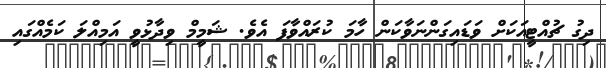
ދިގު ޗުއްޓީއަކަށް ވަޑައިގަންނަވާކަން ހާމަ ކުރައްވާފަ އެވެ. ޝަމީމް ވިދާޅުވީ އަމިއްލަ ކަމެއްގައި